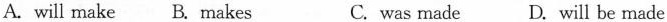
A. will make B.makes C. was made D. will be made